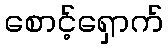
စောင့်ရှောက်